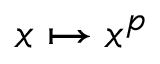
x \mapsto x ^ { p }